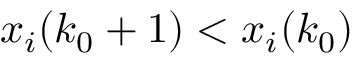
x _ { i } ( k _ { 0 } + 1 ) < x _ { i } ( k _ { 0 } )